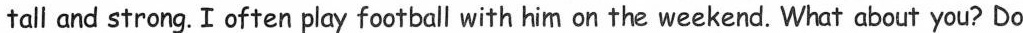
tall and strong. I often play football with him on the weekend.What about you?Do